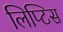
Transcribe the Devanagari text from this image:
लिप्टिस